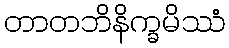
တာတဘိနိက္ခမိဿံ